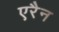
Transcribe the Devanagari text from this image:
एरैन